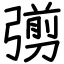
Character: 彅